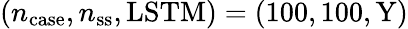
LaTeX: (n_{\mathrm{case}},n_{\mathrm{ss}},\mathrm{{LSTM})=(100,100,Y)}